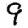
Digit: 9